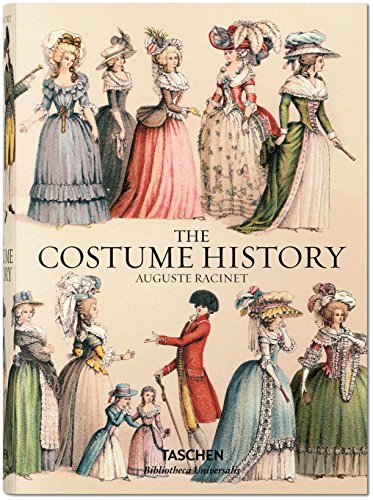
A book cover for Racinet: The Costume History; FranÃ§oise TÃ©tart-Vittu; Humor & Entertainment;